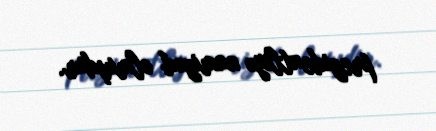
prezidentliyə namizəd olmuşdur.